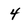
Character: 4